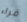
فراء